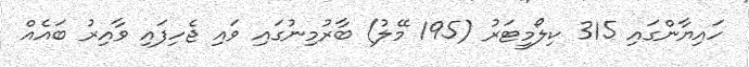
ހައިޔާންގައި 315 ކިލޯމީޓަރު (195 މޭލު) ބާރުމިނުގައި ވައި ޖެހިފައި ވާއިރު ބައެއް